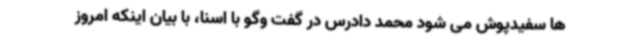
ها سفیدپوش می شود محمد دادرس در گفت وگو با اسنا، با بیان اینکه امروز